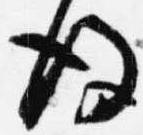
後